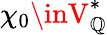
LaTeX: \chi_{0}\inV_{\mathbb{Q}}^{*}